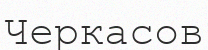
Черкасов